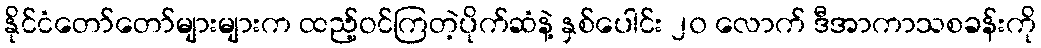
နိုင်ငံတော်တော်များများက ထည့်ဝင်ကြတဲ့ပိုက်ဆံနဲ့ နှစ်ပေါင်း ၂၀ လောက် ဒီအာကာသစခန်းကို